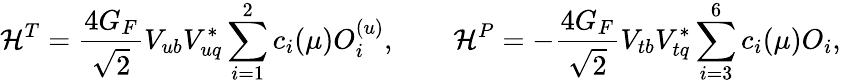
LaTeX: {\cal H}^{T}=\frac{4G_{F}}{\sqrt{2}}V_{ub}V_{uq}^{*}\sum_{i=1}^{2}c_{i}(\mu)O_{i}^{(u)},\qquad{\cal H}^{P}=-\frac{4G_{F}}{\sqrt{2}}V_{tb}V_{tq}^{*}\sum_{i=3}^{6}c_{i}(\mu)O_{i},